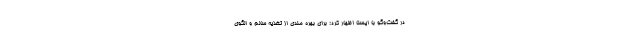
در گفت‌وگو با ایسنا اظهار کرد: برای بهره مندی از تغذیه سالم و الگوی